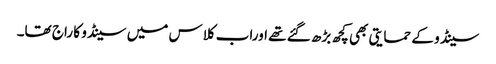
سینڈو کے حمایتی بھی کچھ بڑھ گئے تھے اوراب کلاس میں سینڈو کا راج تھا۔